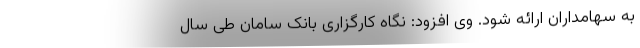
به سهامداران ارائه شود. وی افزود: نگاه کارگزاری بانک سامان طی سال